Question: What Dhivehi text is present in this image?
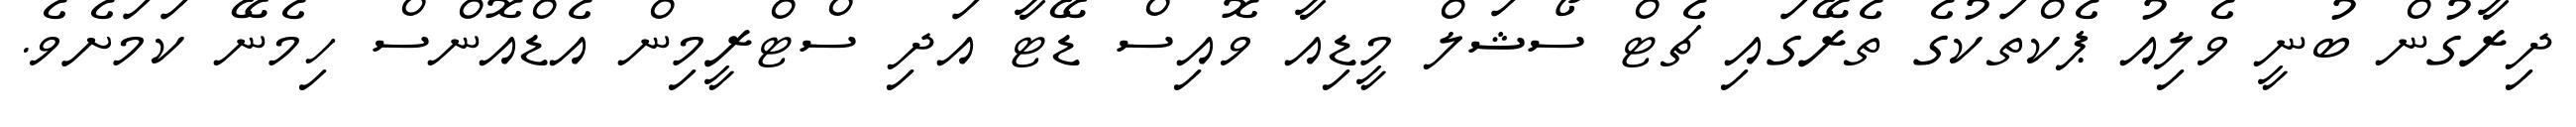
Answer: ދިރާގުން ބުނީ ވެލިއު ޕެކްތަކުގެ ތެރޭގައި ޗެޓް ސޯޝަލް މީޑިއާ ވޮއިސް ޑޭޓާ އަދި ސްޓްރީމިން އެޑްއޮންސް ހިމެނޭ ކަމަށެވެ.